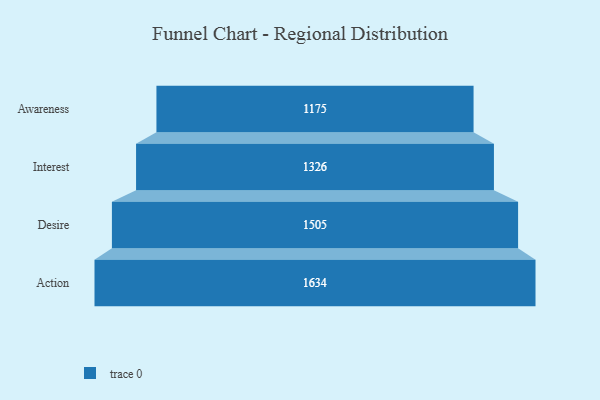
{"axis": {"x": "Stage", "y": "Value"}, "legend": [""], "data": [{"x": "Awareness", "y": 1175.0, "type": ""}, {"x": "Interest", "y": 1326.0, "type": ""}, {"x": "Desire", "y": 1505.0, "type": ""}, {"x": "Action", "y": 1634.0, "type": ""}]}